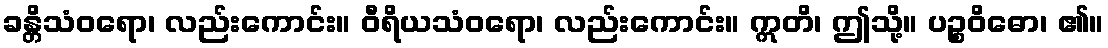
ခန္တိသံဝရော၊ လည်းကောင်း။ ဝီရိယသံဝရော၊ လည်းကောင်း။ ဣတိ၊ ဤသို့။ ပဉ္စဝိဓော၊ ၏။